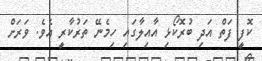
ކޮފީ ފަތް އަދި ބުރޮކޯޅި އާއިލާގައި ހިމެނޭ ތަރުކާރީ އެވެ. ވަރަށް